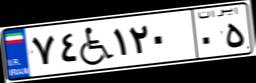
۷۴W۱۲۰۰۵